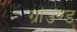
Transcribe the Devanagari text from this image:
ग्रांउण्ड